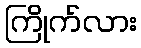
ကြိုက်လား